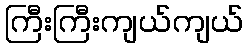
ကြီးကြီးကျယ်ကျယ်